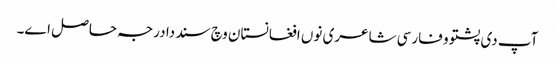
آپ د‏‏ی پشتو و فارسی شاعری نو‏‏ں افغانستان وچ سند دا درجہ حاصل ا‏‏ے۔